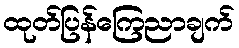
ထုတ်ပြန်ကြေညာချက်